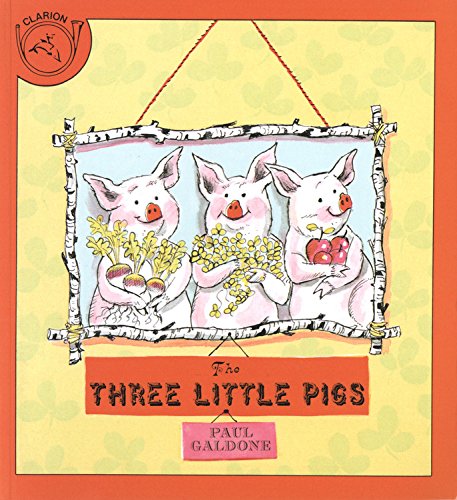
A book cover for The Three Little Pigs (Paul Galdone Classics); Paul Galdone; Children's Books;